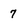
Character: 7